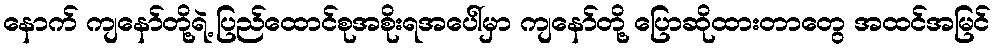
နောက် ကျနော်တို့ရဲ့ ပြည်ထောင်စုအစိုးရအပေါ်မှာ ကျနော်တို့ ပြောဆိုထားတာတွေ အထင်အမြင်